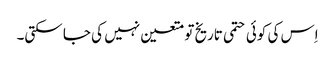
اِس کی کوئی حتمی تاریخ تو متعین نہیں کی جا سکتی۔